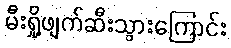
မီးရှို့ဖျက်ဆီးသွားကြောင်း